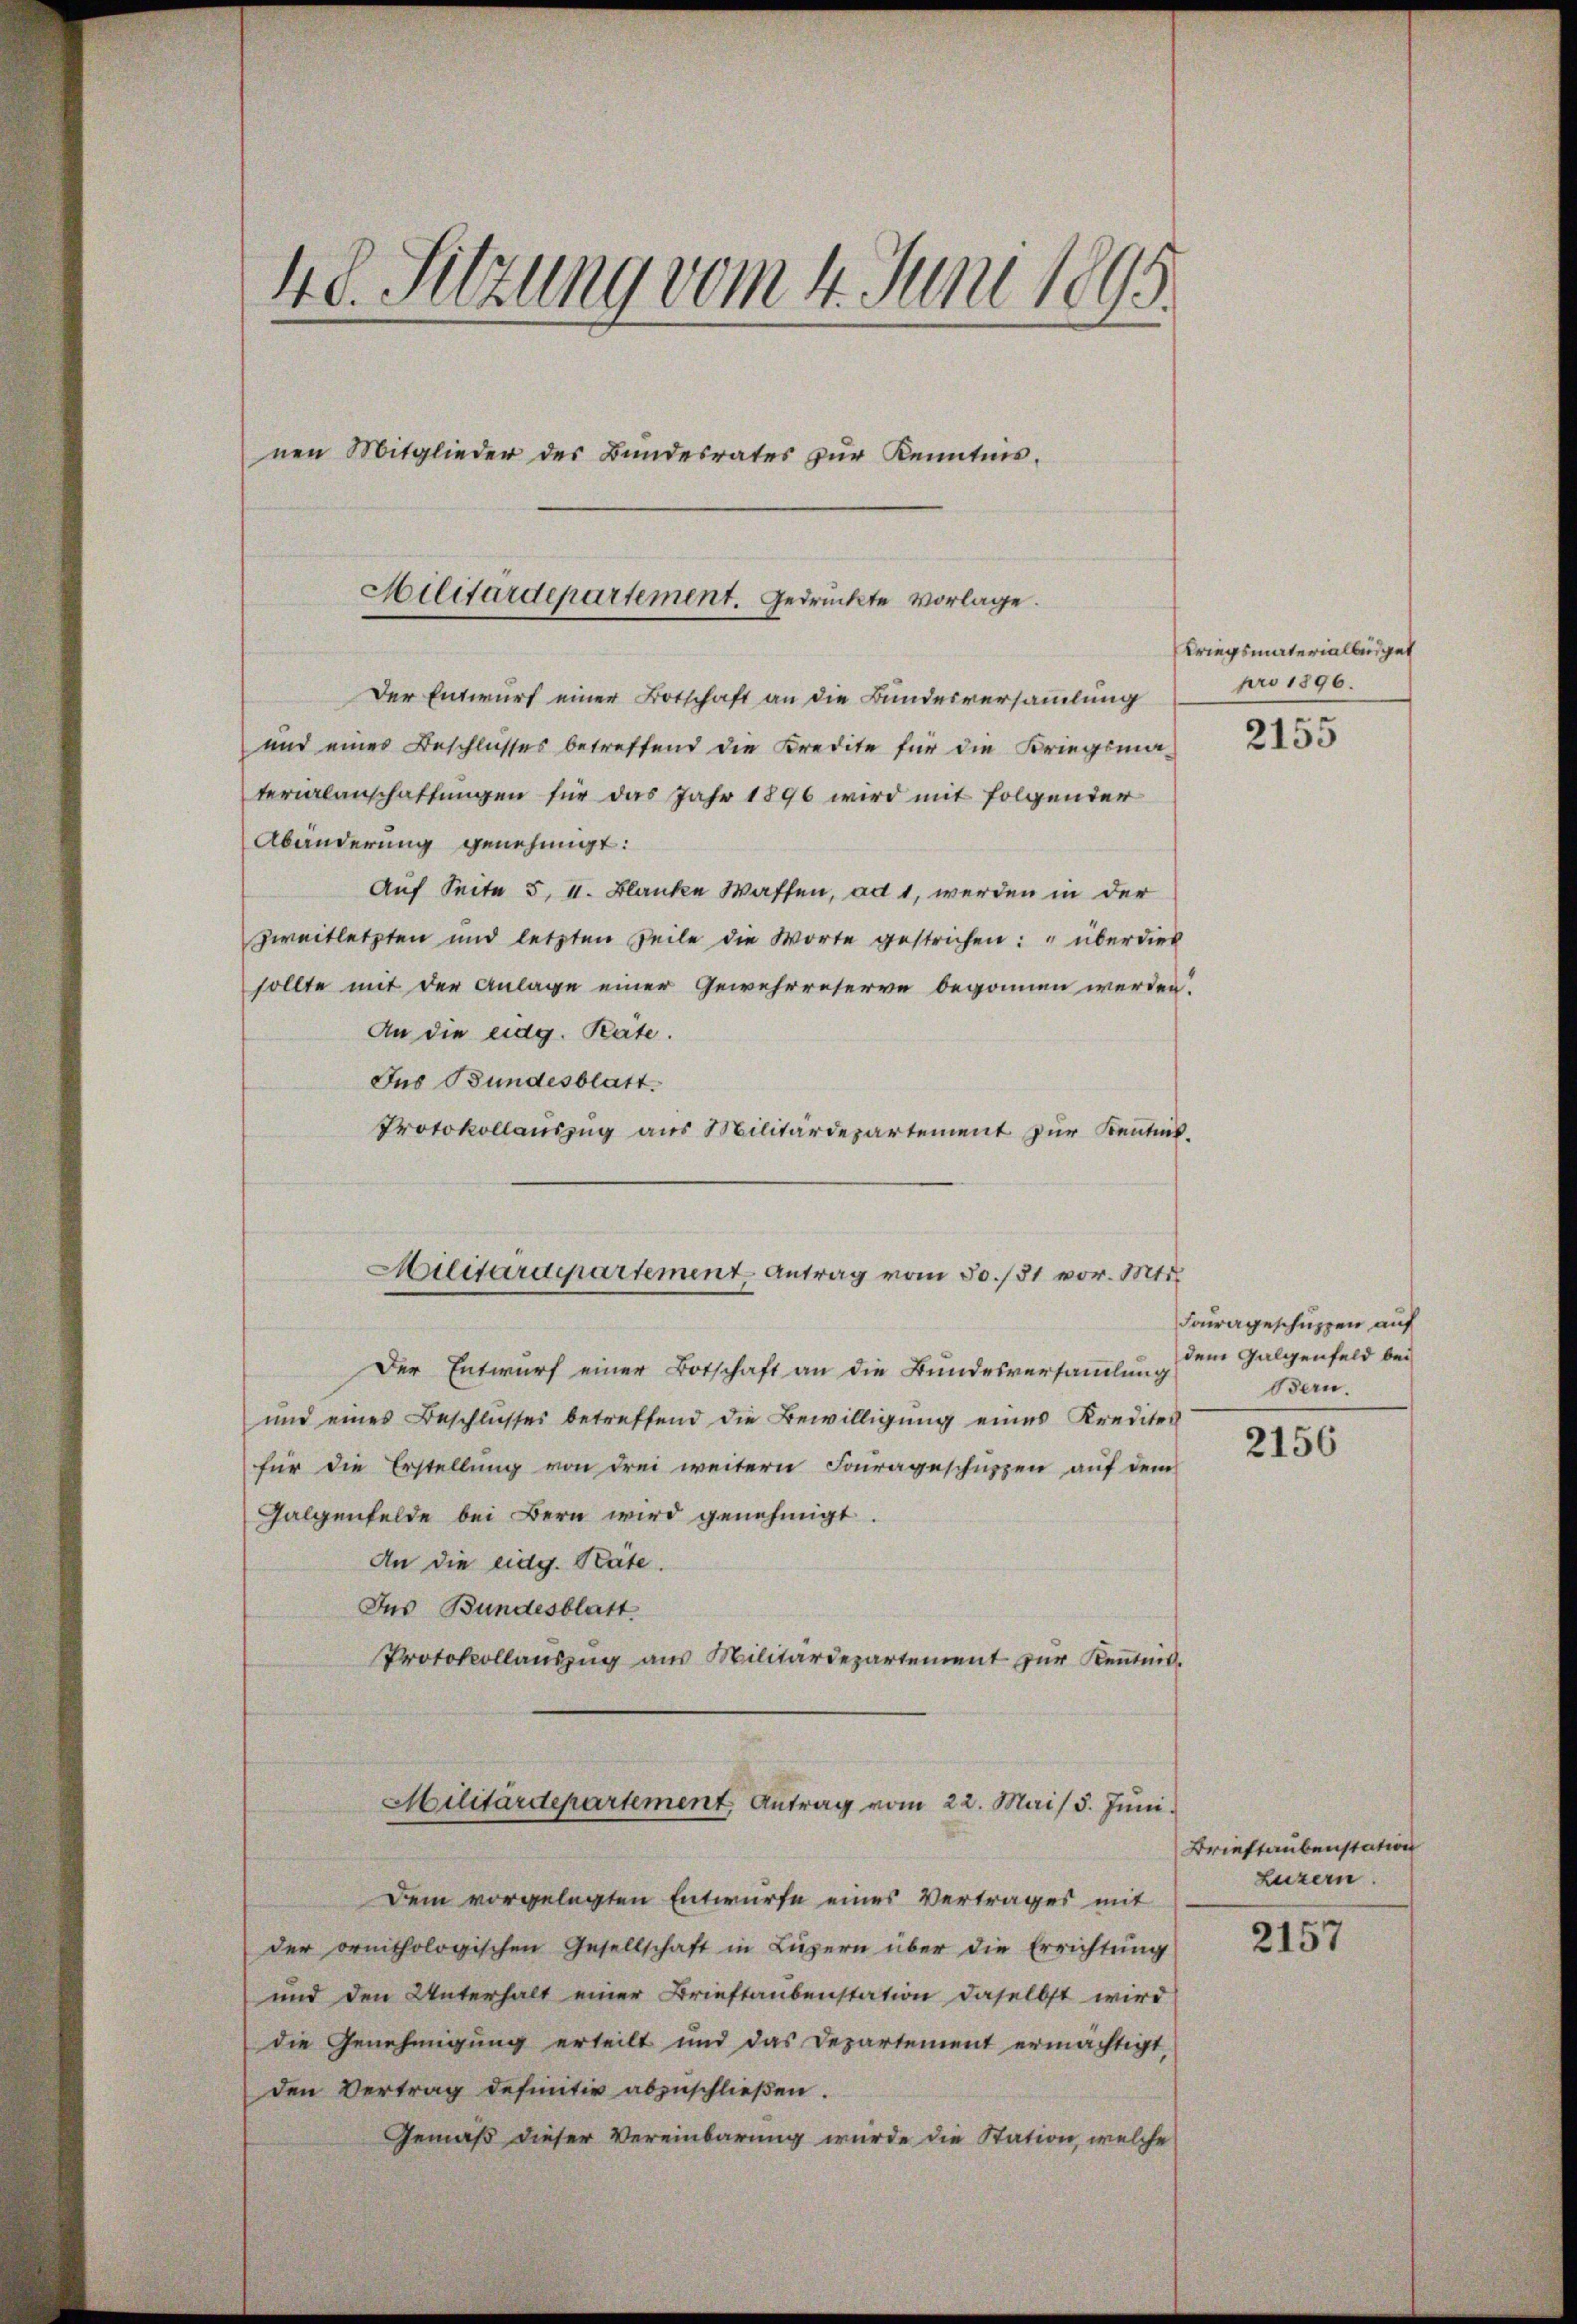
48. Sitzung vom 4. Juni 1895.
nen Mitglieder des Bundesrates zŭr Kenntnis.
Militärdepartement. Gedrückte vorlage.

Der Entwurf einer Botschaft an die Bundesversammlung
und eines Beschlusses betreffend die Kredite für die Kriegsmaterialanschaftungen für das Jahr 1896 wird mit folgender
Abänderung genehmigt:
Auf Seite 5, I. Blanke Waffen, ad 1, werden in der
zweitletzten und letzten Teile die Worte gestrichen: " überdies
sollte mit der Anlage einer Gewehrreserve begonnen werden.
An die eidg. Räte.
Jus Bundesblatt.
Protokollauszug aus Militärdepartement zur Kenntnis¬

Militärdepartement Antrag vom 30./31 vor. Mts.

Der Entwurf einer Botschaft an die Bundesversammlung
und eines Beschlusses betreffend die Bewilligung eines Kreditel
für die Erstellung von drei weitern Fourageschützen auf dem
Galgenfelde bei Bern wird genehmigt.
An die eidg. Räte.
Ins Bundesblatt
Protokollauszug aus Militärdepartement zur Kenntnis.

Dem vorgelegten Entwurfe eines Vertrages mit
der ornithologischen Gesellschaft in Luzern über die Errichtŭng
und den Unterhalt einer Brieftaubenstation daselbst wird
die Genehmigung erteilt und das Departement ermächtigt,
den Vertrag definitiv abzuschließen.
Gemäß dieser Vereinbarung wurde die Station, welche

Militärdepartement Antrag vom 22. Mai d. Jŭni

Kriegsmaterialbüdget
pro 1896.

2155

Fourageschuppen auf
dem Galgenfeld bei
Bern.

2156

Brieftaubenstation
Luzern.

2157